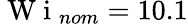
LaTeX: \mathrm{~W~i~}_{nom}=10.1